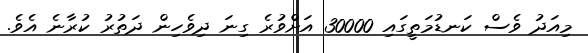
މިއަދު ވެސް ކަނޑުމަތީގައި 30000 އަށްވުރެ ގިނަ ދިވެހިން ދަތުރު ކުރާނެ އެވެ.